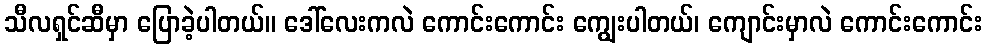
သီလရှင်ဆီမှာ ပြောခဲ့ပါတယ်။ ဒေါ်လေးကလဲ ကောင်းကောင်း ကျွေးပါတယ်၊ ကျောင်းမှာလဲ ကောင်းကောင်း